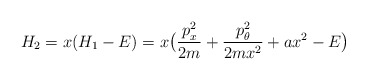
\begin{align*}H_2 = x(H_1 -E) = x\bigl( \frac{p^2_x}{2m}+\frac{p^2_{\theta}}{2m x^2} + ax^2- E \bigr) \end{align*}